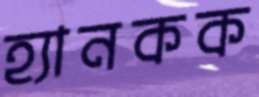
হ্যানকক